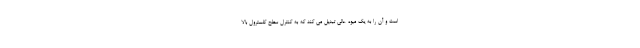
است و آن را به یک میوه عالی تبدیل می کند که به کنترل سطح کلسترول بالا